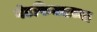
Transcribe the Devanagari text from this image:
गेटफिक्सच्या